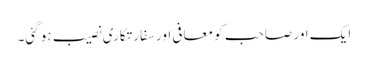
ایک اور صاحب کو معافی اور سفارتکاری نصیب ہو گئی۔